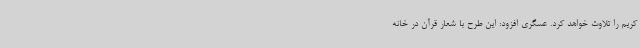
کریم را تلاوت خواهد کرد. عسگری افزود: این طرح با شعار قرآن در خانه